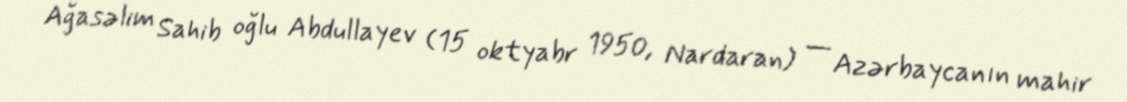
Ağasəlim Sahib oğlu Abdullayev (15 oktyabr 1950, Nardaran) — Azərbaycanın mahir